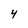
Character: 4